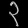
Digit: ၃